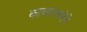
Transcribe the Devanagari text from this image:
काव्यरचनेने